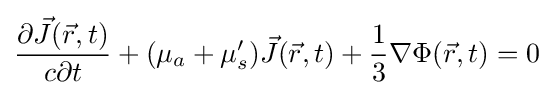
{\frac {\partial {\vec {J}}({\vec {r}},t)}{c\partial t}}+(\mu _{a}+\mu _{s}'){\vec {J}}({\vec {r}},t)+{\frac {1}{3}}\nabla \Phi ({\vec {r}},t)=0